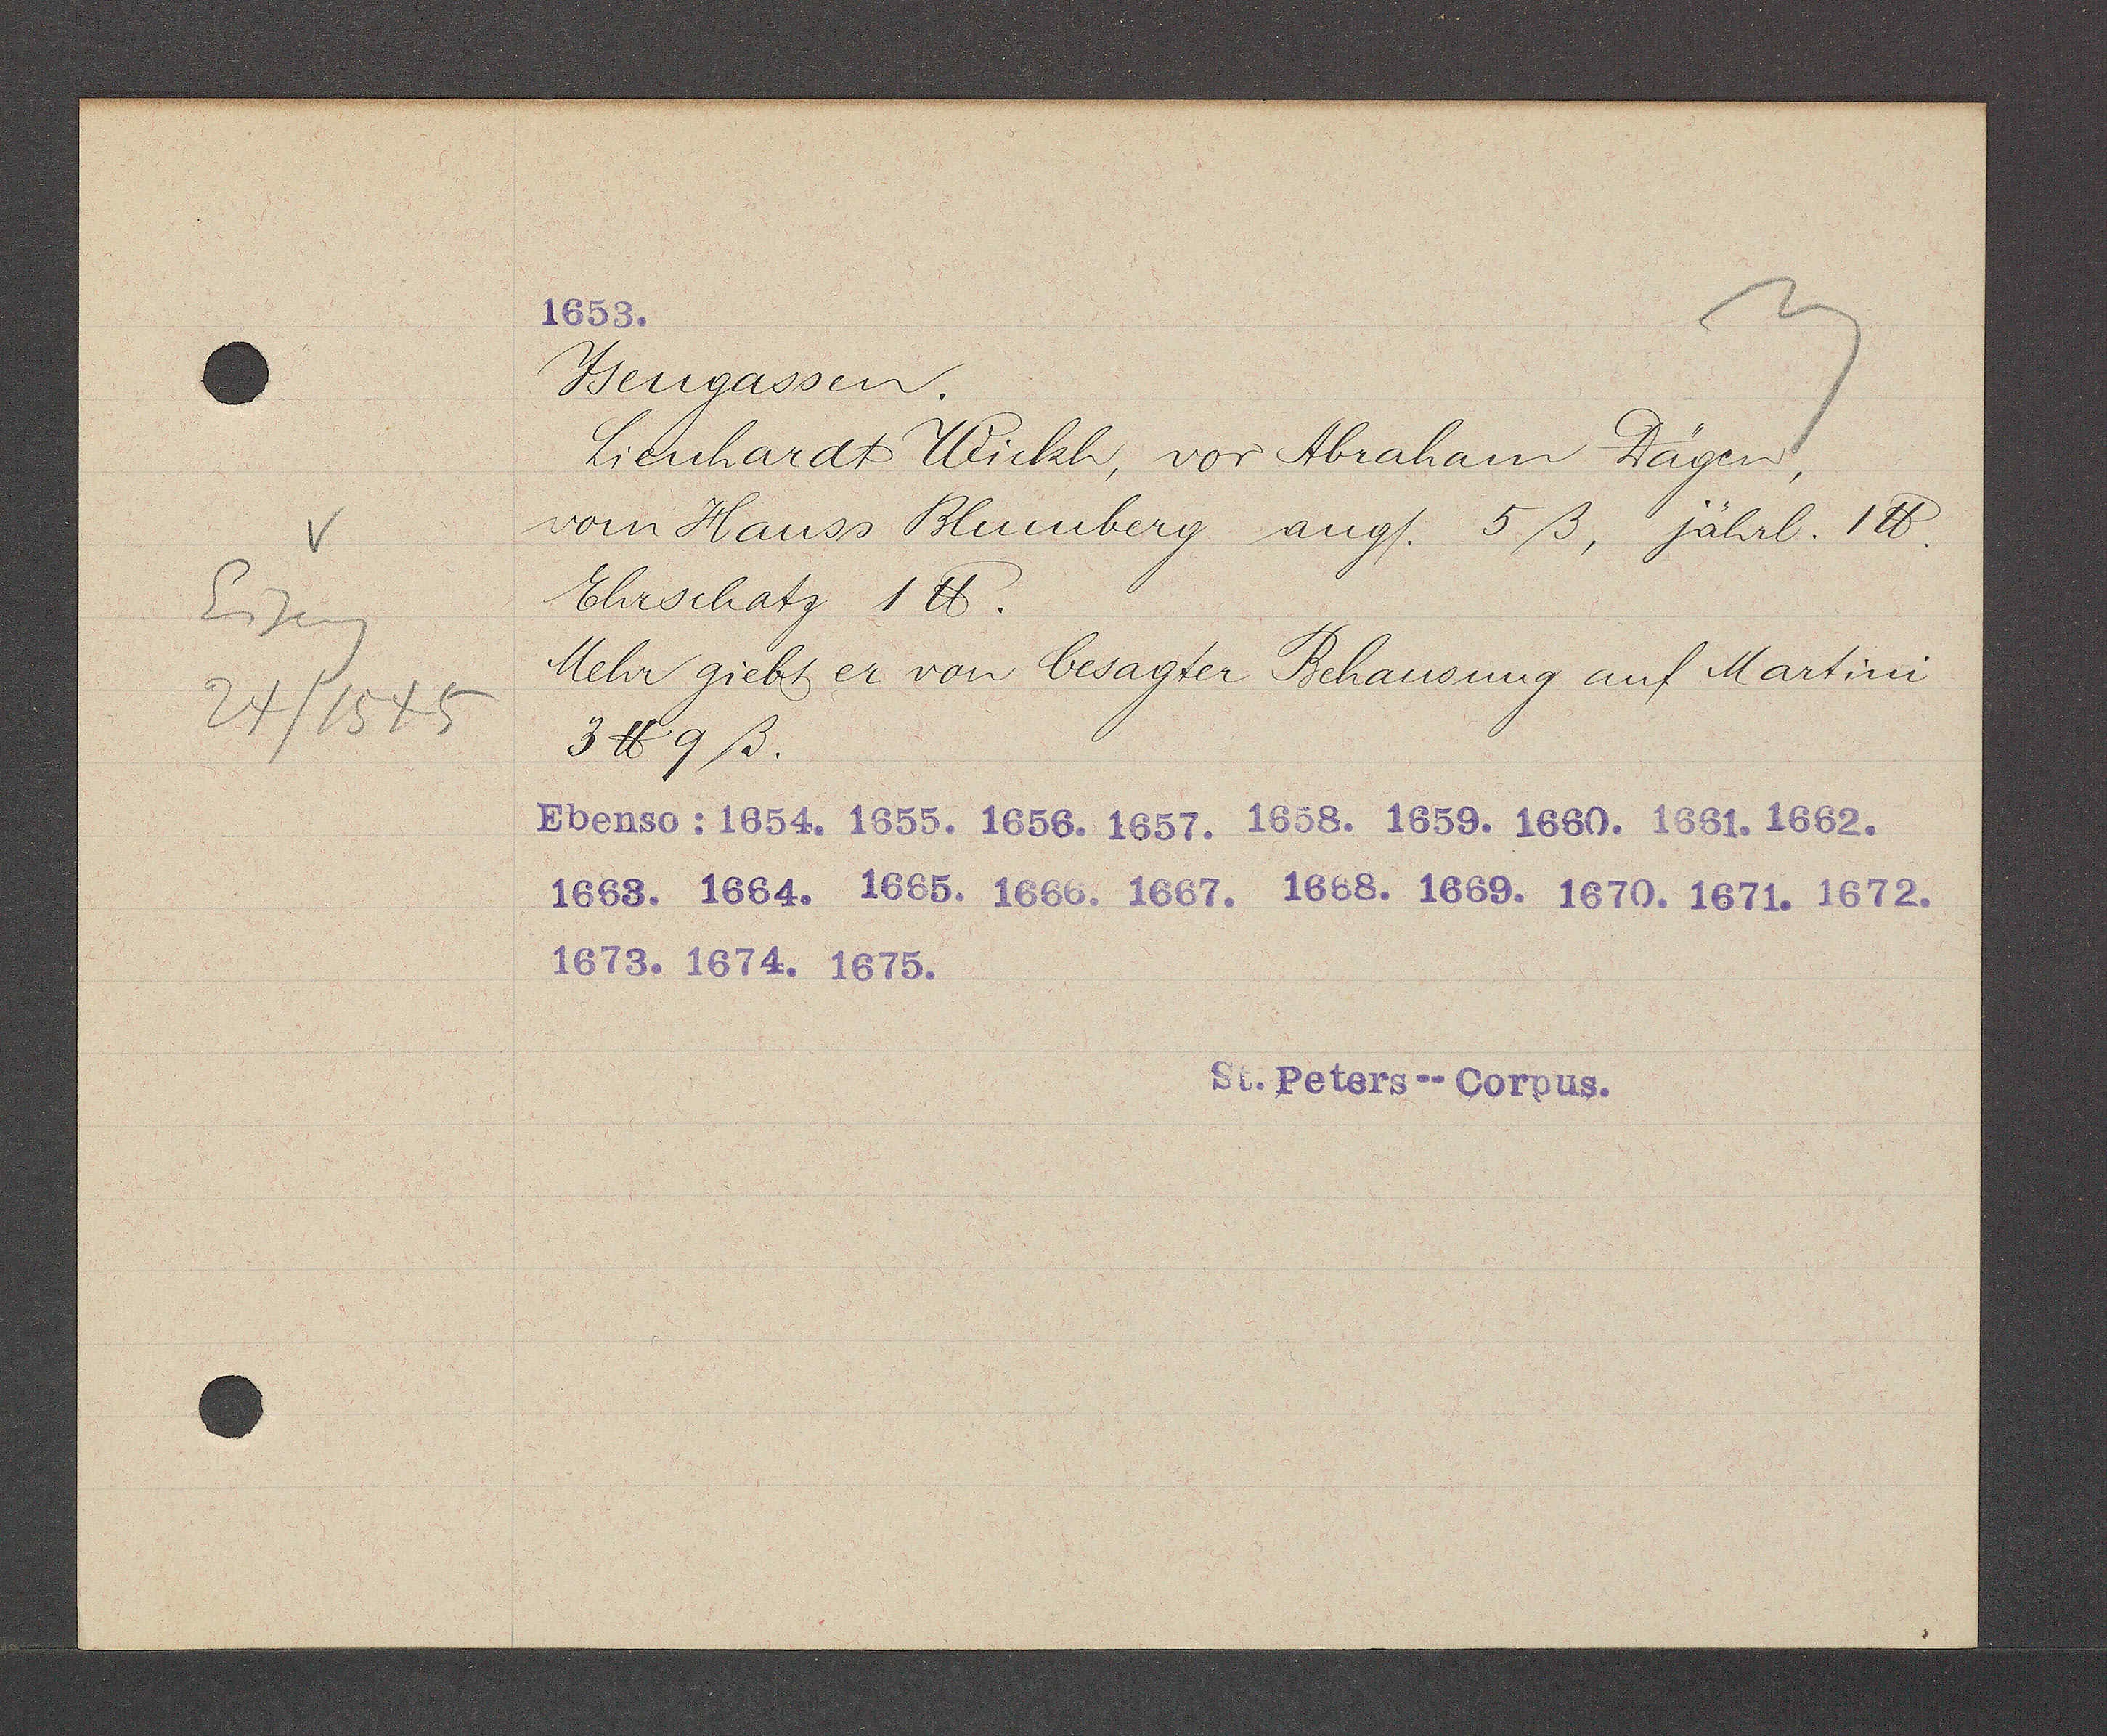
Transcript:
Eiseng
24/1545

Jsengassen.
Lienhardt Wickh, vor Abraham Dägen
vom Hauss Blumberg aug/. 5ß, jährl. 1ß.
Ehrschatz 1 ß.
Mehr giebt er von besagter Behausung auf Martini
3 ℔ 9ß.